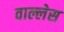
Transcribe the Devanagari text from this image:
वाल्लेस